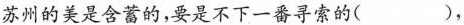
苏州的美是含蓄的，要是不下一番寻索的( )，